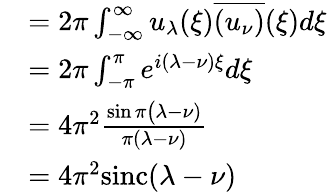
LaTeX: \begin{array}{rl}&{=2\pi\int_{-\infty}^{\infty}u_{\lambda}(\xi)\overline{{(u_{\nu})}}(\xi)d\xi}\\ &{=2\pi\int_{-{\pi}}^{{\pi}}e^{i(\lambda-\nu)\xi}d\xi}\\ &{=4\pi^{2}{\frac{\sin\pi\big(\lambda-\nu)}{\pi(\lambda-\nu)}}}\\ &{=4\pi^{2}{\operatorname{sinc}}(\lambda-\nu)}\end{array}